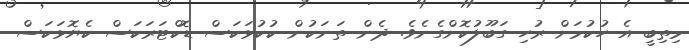
މިތިބީ އެ ހުކުމަށް ރުހި ގަބޫލުކޮށްގެނެވެ. ދެން ތަނަކުން ކުކުޅަކަސް ޑޮކްޓަރަކަސް ކެޔޮޅަކަސް